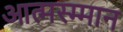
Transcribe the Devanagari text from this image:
आत्मस्म्मान